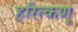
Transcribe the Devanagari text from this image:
हरित्कणू